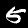
Digit: 5